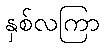
နှစ်လကြာ